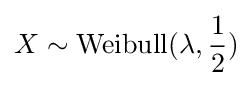
X\sim \mathrm {Weibull} (\lambda ,{\frac {1}{2}})